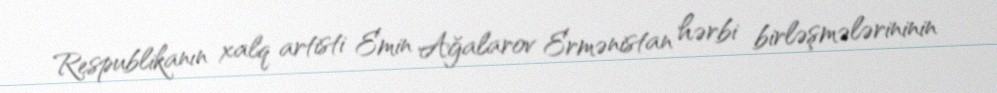
Respublikanın xalq artisti Emin Ağalarov Ermənistan hərbi birləşmələrininin